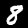
Digit: 8